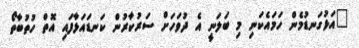
"އަޅުގަނޑުމެން ހަމައެކަނި މި ބަލަނީ އެ ދުވަހަށް ސަރުކާރުން ކަނޑައަޅާފައި އޮތް ހުތުބާތޯ